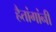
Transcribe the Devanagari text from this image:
हैतांगांनी